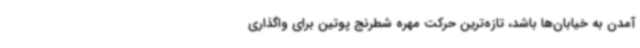
آمدن به خیابان‌ها باشد، تازه‌ترین حرکت مهره شطرنج پوتین برای واگذاری